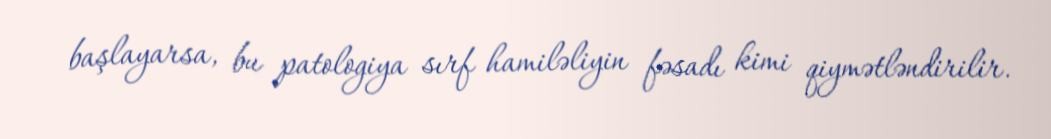
başlayarsa, bu patologiya sırf hamiləliyin fəsadı kimi qiymətləndirilir.